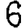
Digit: 6